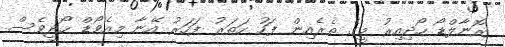
ރޮނާލްޑޯ ހޯދިއިރު މީގެ ތެރެއިން ފަހު ހަތަރު ފަހަރު އޭނާ މިއެވޯޑް ހޯދީވެސް